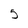
Character: 5